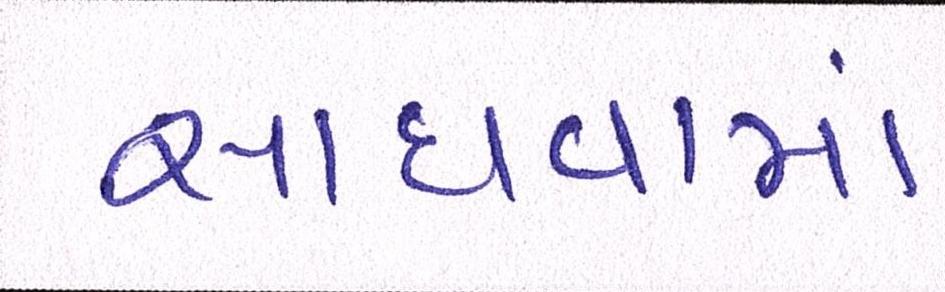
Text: સાધવામાં